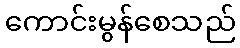
ကောင်းမွန်စေသည်